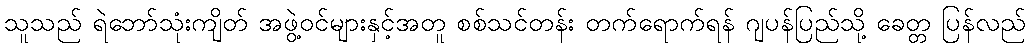
သူသည် ရဲဘော်သုံးကျိတ် အဖွဲ့ဝင်များနှင့်အတူ စစ်သင်တန်း တက်ရောက်ရန် ဂျပန်ပြည်သို့ ခေတ္တ ပြန်လည်